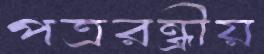
পত্ররন্ধ্রীয়